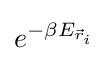
e^{-\beta E_{{\vec {r}}_{i}}}